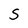
Character: S